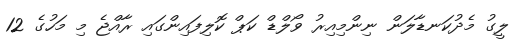
ލީގު މެދުކަނޑާލަން ނިންމިއިރު ވޯލްޑް ކަޕް ކޮލިފައިންގައި ރާއްޖެ މި މަހުގެ 12